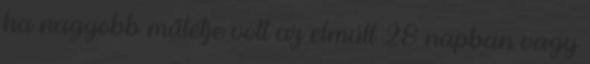
ha nagyobb műtétje volt az elmúlt 28 napban vagy